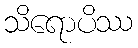
သိရောပိဿ